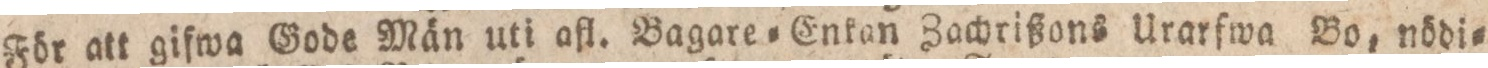
För att gifwa Gode Män uti afl. Bagare=Enkan Zachrißons Urarfwa Bo, nödi=